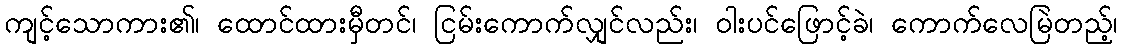
ကျင့်သောကား၏၊ ထောင်ထားမှီတင်၊ ငြမ်းကောက်လျှင်လည်း၊ ဝါးပင်ဖြောင့်ခဲ၊ ကောက်လေမြဲတည့်၊